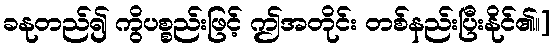
ခနုတည်၍ ကွိပစ္စည်းဖြင့် ဤအတိုင်း တစ်နည်းပြီးနိုင်၏၊၊]